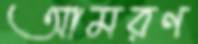
আমরণ